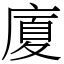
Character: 廈